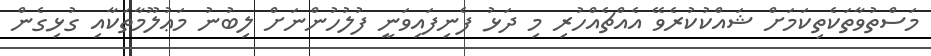
މަސްތުވާތަކެތިކަމަށް ޝައްކުކުރެވޭ އެއްޗެއްހުރި މި ދަޅު ފެނިފައިވަނީ ފުލުހުންނަށް ލިބުނު މަޢުލޫމާތަކާއި ގުޅިގެން